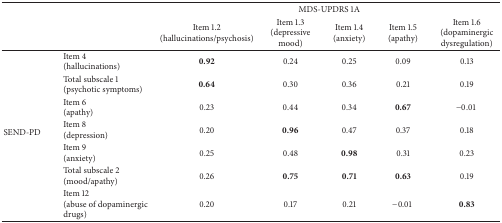
|  |  | <COLSPAN=5> MDS-UPDRS 1A |
 |  |  | Item 1.2(hallucinations/psychosis) | Item 1.3(depressive mood) | Item 1.4(anxiety) | Item 1.5(apathy) | Item 1.6(dopaminergic dysregulation) |
 | --- | --- | --- | --- | --- | --- | --- |
 | <ROWSPAN=7> SEND-PD | Item 4(hallucinations) | 0.92 | 0.24 | 0.25 | 0.09 | 0.13 |
 | Total subscale 1 (psychotic symptoms) | 0.64 | 0.30 | 0.36 | 0.21 | 0.19 |
 | Item 6(apathy) | 0.23 | 0.44 | 0.34 | 0.67 | −0.01 |
 | Item 8(depression) | 0.20 | 0.96 | 0.47 | 0.37 | 0.18 |
 | Item 9(anxiety) | 0.25 | 0.48 | 0.98 | 0.31 | 0.23 |
 | Total subscale 2(mood/apathy) | 0.26 | 0.75 | 0.71 | 0.63 | 0.19 |
 | Item 12(abuse of dopaminergic drugs) | 0.20 | 0.17 | 0.21 | −0.01 | 0.83 |